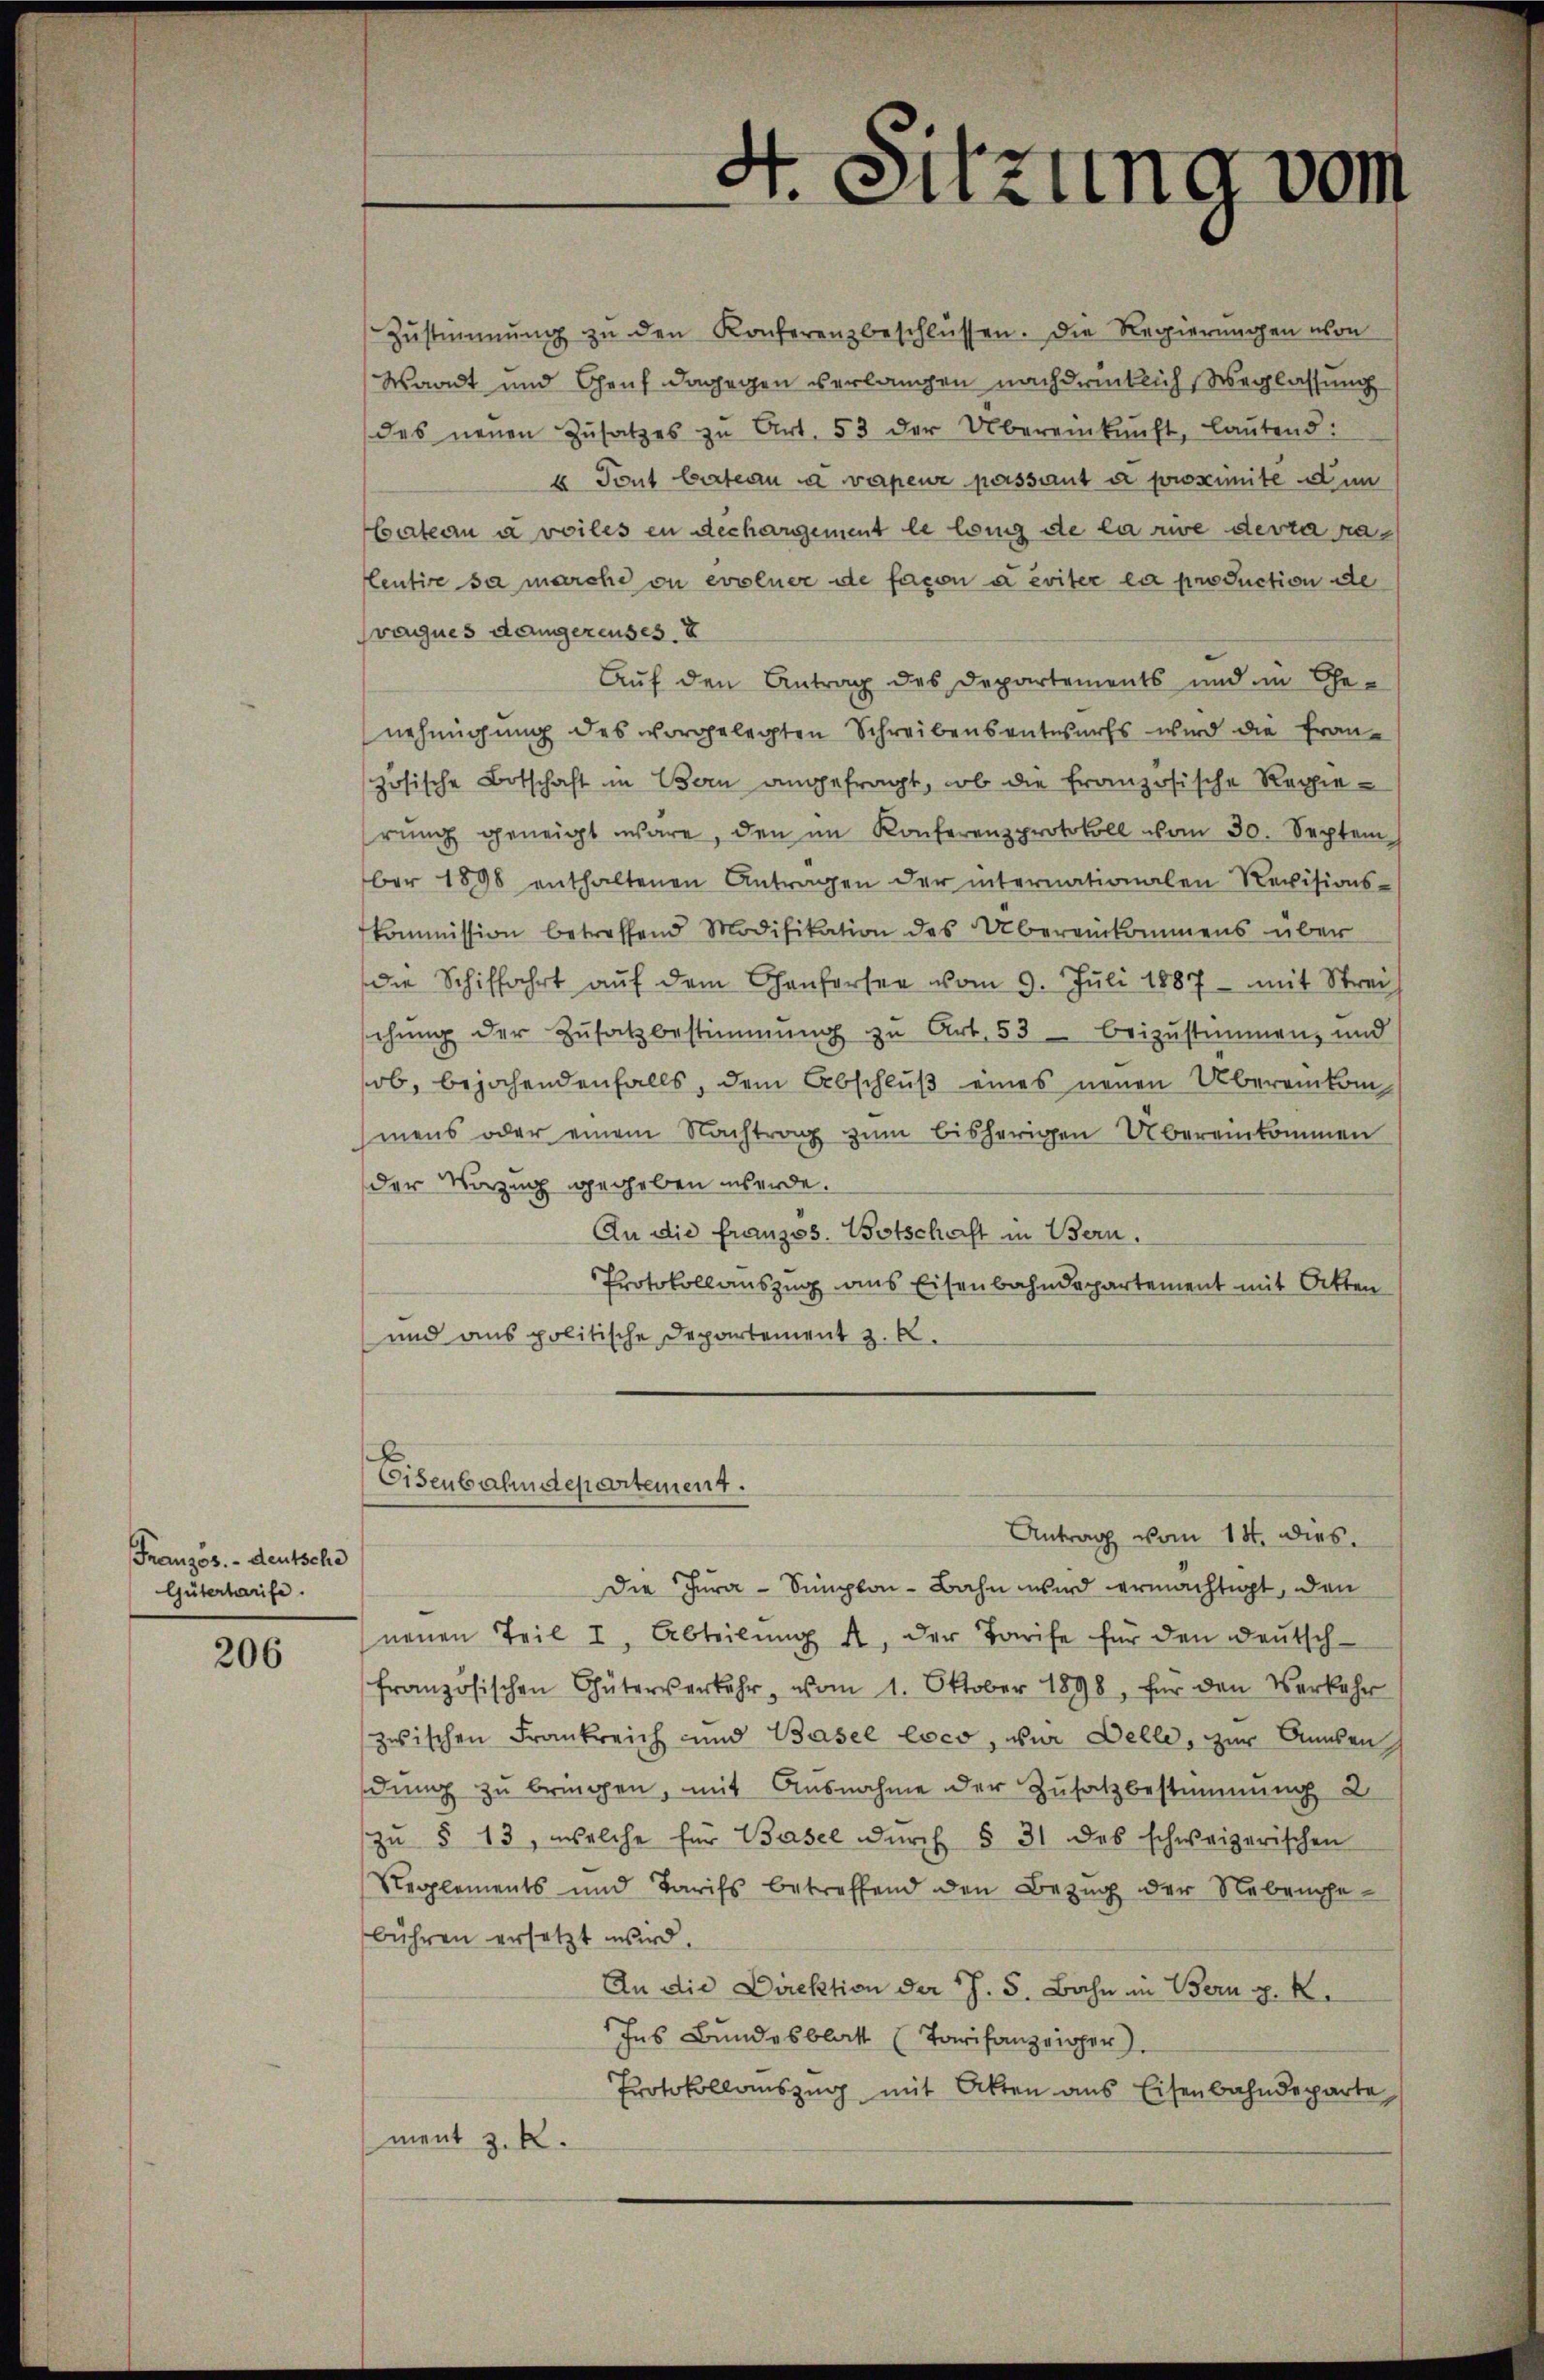
Französ. - deutsche
Gütertarife.

206

Zŭstimmung zŭ den Konferenzbeschlüssen. Die Regierungen von
Waadt und Genf dagegen verlangen nachdrücklich Weglassung
des neuen Zŭsatzes zu Art. 53 der Übereinkunft, lautend:
6. Tout bestern sa vapeur passant a proximite den
Cateau a voiles in dechargement le long de la rive devra ralentire sa marche ou evoluer de facon u eviter la production de
vogues dangereuses
Auf den Antrag des Departements und in Ehenehmigung des vorgelegten Schreibensentwurfs wird die Französische Botschaft in Bern angefragt, ob die französische Regierŭng geneigt wäre, den im Konferenzprotokoll vom 30. Septem
ber 1898 enthaltenen Antragen der internationalen Revisions-
kommission betreffend Modifikation des Übereinkommens über
die Schiffahrt aŭf dem Confersee vom 9. Jŭli 1887 - mit Strei
schŭng der Zŭsatz bestimmung zu Art. 53 beizustimmen, und
ob, bejahendenfalls, dem Abschluß eines neuen Übereinkommens oder einem Nachtrag zum bisherigen Übereinkommen
der Vorzug gegeben werde.
An die französ. Botschaft in Bern.
Protokollauszug aus Eisenbahndepartement mit Otten
und aus politische Departement z. B.
Eisenbahndepartement.
Antrag vom 18. dies.
Die Jura - Simplon - Bahn wird ermächtigt, den
neuen Teil I, Abteilŭng u. der Tarife für den Deutsch-
französischen Güterverkehr, vom 1. Oktober 1898, für den Verkehr
zwischen Frankreich und Basel loco, vür Delle, zur Anden
dung zu bringen, mit Ausnahme der Zusatz bestimmung 2
zŭ § 13, welche für Basel dŭrch § 31 des schweizerischen
Reglements und Tarifs betreffend den Bezug der Nebenge-
bühren ersetzt wird.
An die Direktion der J. S. Bahn in Bern p. 2.
Ins Bundesblatt (Tarifanzeiger)
Protokollauszug mit Akten aus Eisenbahndeparte
ment z. R.

4. Sitzung vom